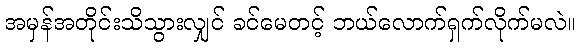
အမှန်အတိုင်းသိသွားလျှင် ခင်မေတင့် ဘယ်လောက်ရှက်လိုက်မလဲ။